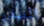
المصدر